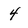
Character: 4